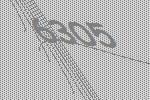
6305